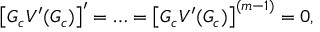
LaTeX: \left[ G _ { c } V ^ { \prime } ( G _ { c } ) \right] ^ { \prime } = \ldots = \left[ G _ { c } V ^ { \prime } ( G _ { c } ) \right] ^ { ( m - 1 ) } = 0 ,